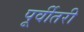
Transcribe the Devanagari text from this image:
पूर्वीतरी